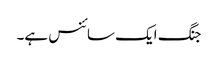
جنگ ایک سائنس ہے۔